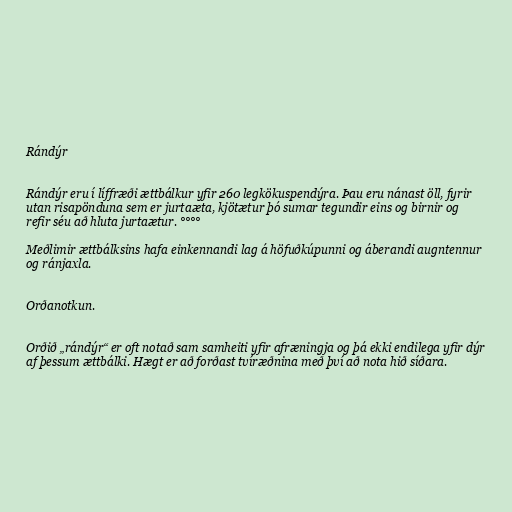
Rándýr

Rándýr eru í líffræði ættbálkur yfir 260 legkökuspendýra. Þau eru nánast öll, fyrir
utan risapönduna sem er jurtaæta, kjötætur þó sumar tegundir eins og birnir og
refir séu að hluta jurtaætur. °°°°

Meðlimir ættbálksins hafa einkennandi lag á höfuðkúpunni og áberandi augntennur
og ránjaxla.

Orðanotkun.

Orðið „rándýr“ er oft notað sam samheiti yfir afræningja og þá ekki endilega yfir dýr
af þessum ættbálki. Hægt er að forðast tvíræðnina með því að nota hið síðara.